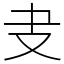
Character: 叏